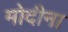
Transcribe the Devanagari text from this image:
मोदीना